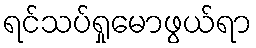
ရင်သပ်ရှုမောဖွယ်ရာ